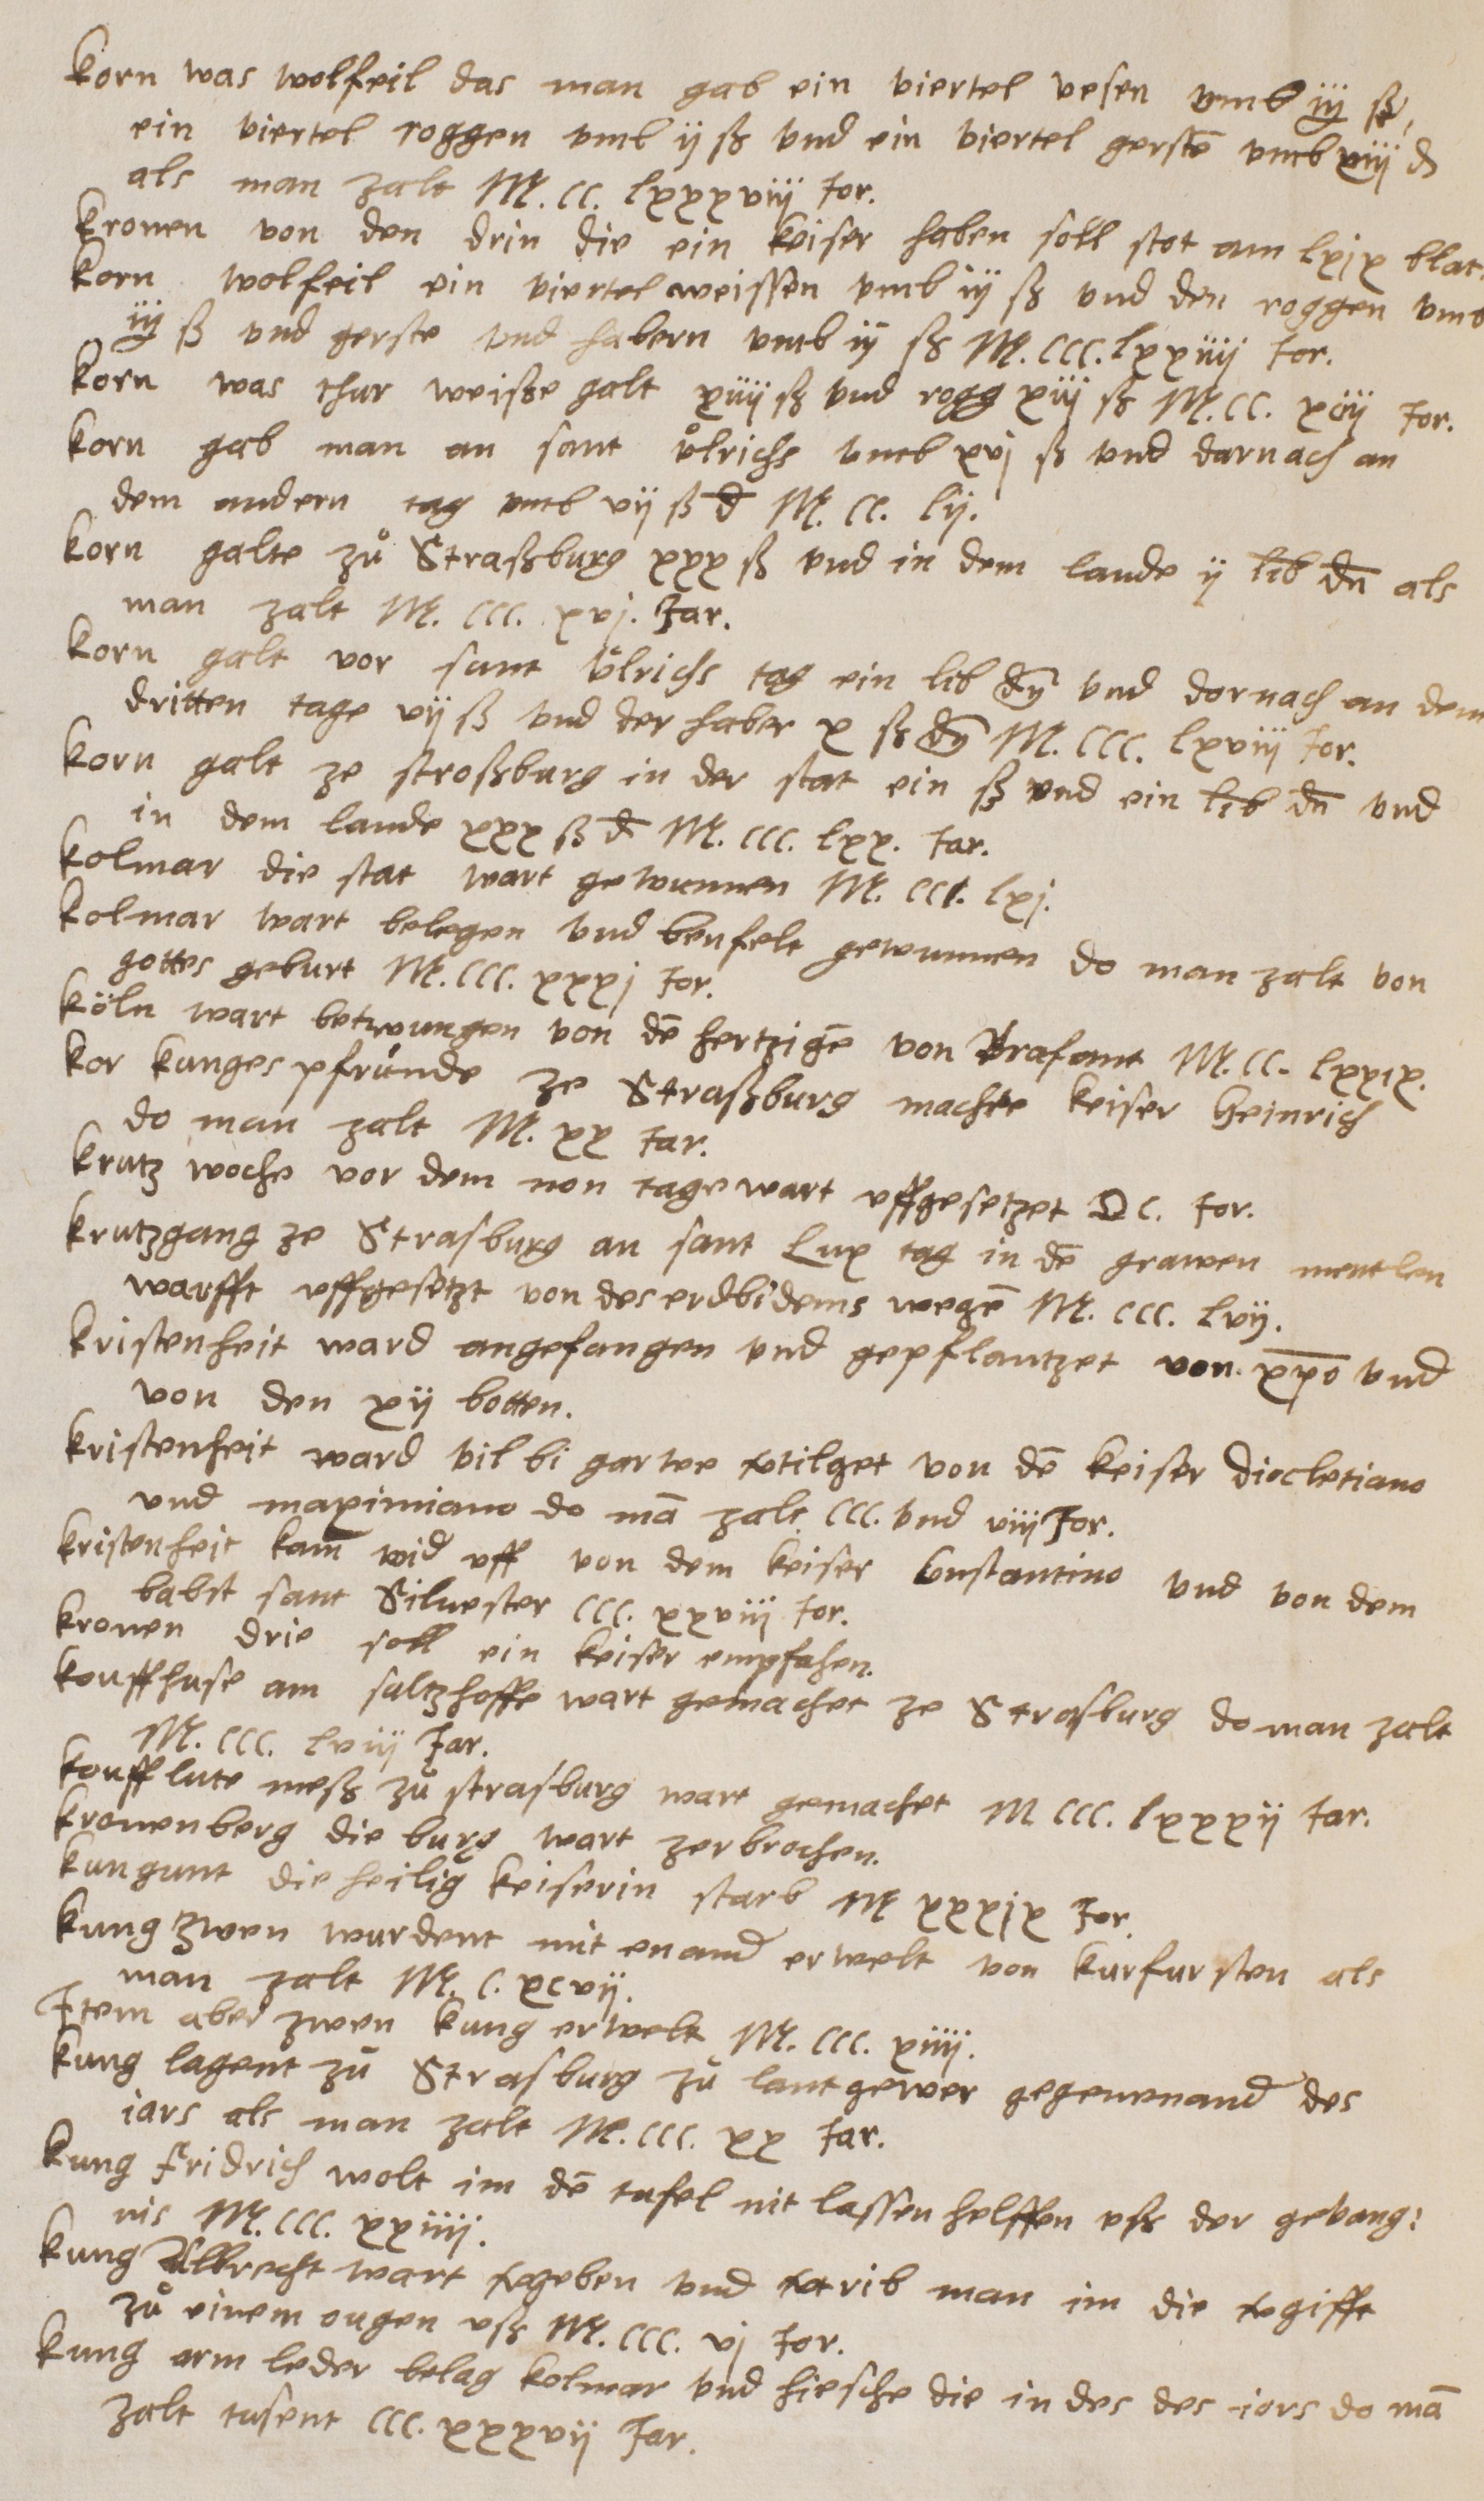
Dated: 1400–1449